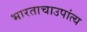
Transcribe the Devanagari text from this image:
भारताचाउपांत्य